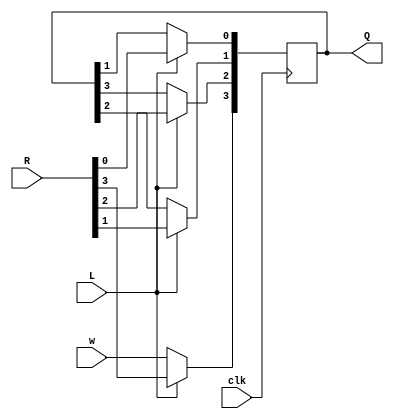
`timescale 1ns / 1ps
//////////////////////////////////////////////////////////////////////////////////
// Company: 
// Engineer: 
// 
// Design Name: 
// Module Name: shift_reg
// Project Name: 
// Target Devices: 
// Tool Versions: 
// Description: 
// 
// Dependencies: 
// 
// Revision:
// Revision 0.01 - File Created
// Additional Comments:
// 
//////////////////////////////////////////////////////////////////////////////////


module shift_reg(R,L,w,clk,Q);
input [3:0]R;
input L,w,clk;
output [3:0]Q;
reg [3:0]Q;
always @(posedge clk)
if(L)
Q<=R;
else
begin
Q[0]<=Q[1];
Q[1]<=Q[2];
Q[2]<=Q[3];
Q[3]<=w;
end
endmodule